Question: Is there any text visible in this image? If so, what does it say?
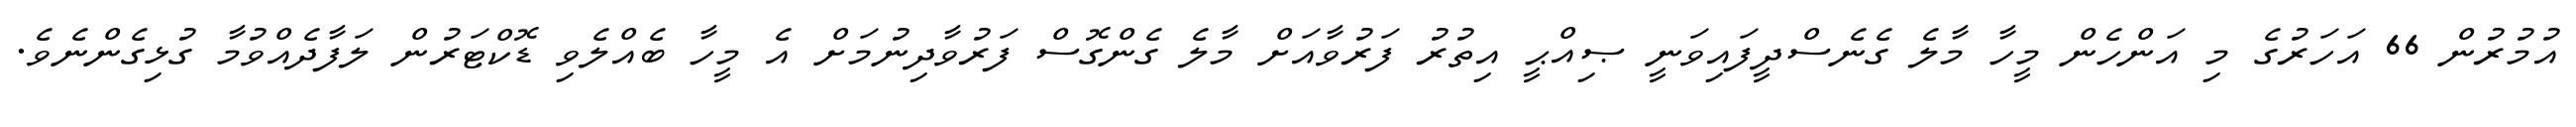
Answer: އުމުރުން 66 އަހަރުގެ މި އަންހެން މީހާ މާލެ ގެނެސްދީފައިވަނީ ޞިއްޙީ އިތުރު ފަރުވާއަށް މާލެ ގެންގޮސް ފަރުވާދިނުމަށް އެ މީހާ ބެއްލެވި ޑޮކްޓަރުން ލަފާދެއްވުމާ ގުޅިގެންނެވެ.